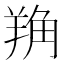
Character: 𦎈